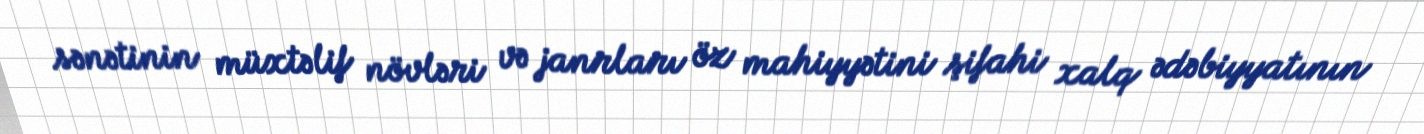
sənətinin müxtəlif növləri və janrları öz mahiyyətini şifahi xalq ədəbiyyatının